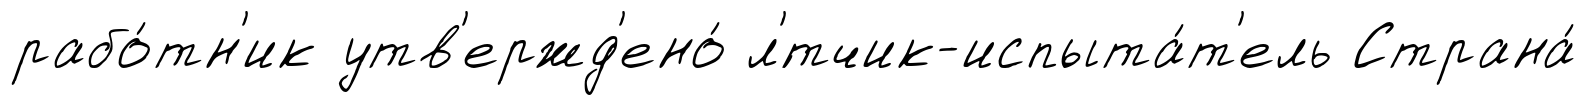
рабо́тн'ик утв'ержд'ено́ л'́тчик-испыта́т'ель Страна́